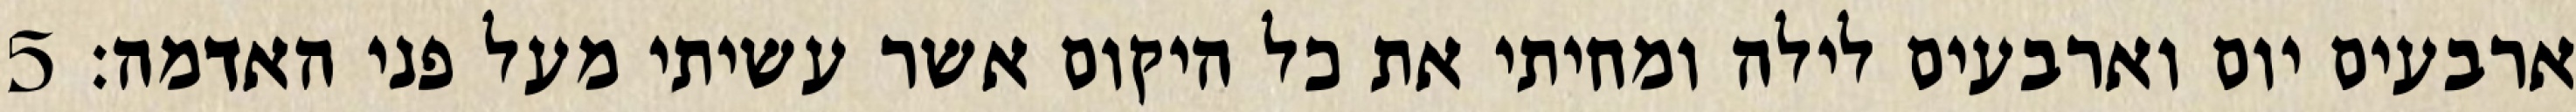
ארבעים יום וארבעים לילה ומחיתי את כל היקום אשר עשיתי מעל פני האדמה׃ ‎5‏